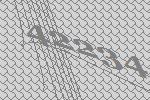
42234